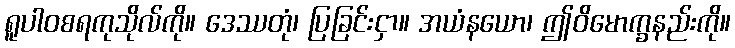
ရူပါဝစရကုသိုလ်ကို။ ဒေဿတုံ၊ ပြခြင်းငှာ။ အယံနယော၊ ဤဝိမောက္ခနည်းကို။